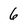
Character: 6